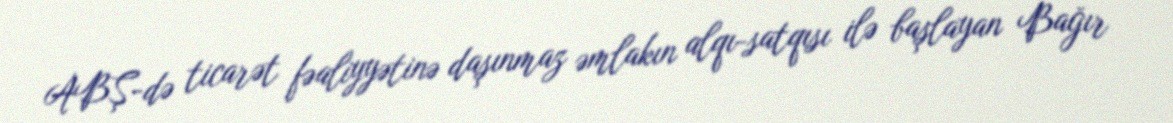
ABŞ-də ticarət fəaliyyətinə daşınmaz əmlakın alqı-satqısı ilə başlayan Bağır